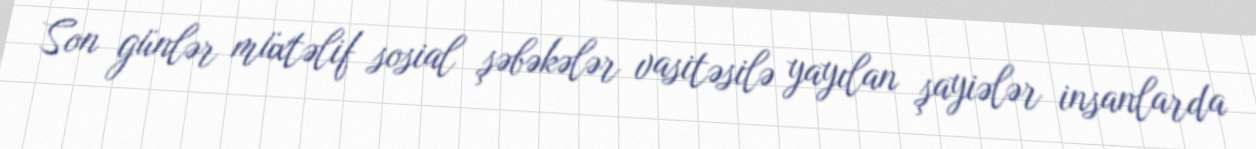
Son günlər müxtəlif sosial şəbəkələr vasitəsilə yayılan şayiələr insanlarda